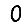
Digit: 0